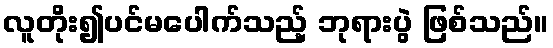
လူတိုး၍ပင်မပေါက်သည့် ဘုရားပွဲ ဖြစ်သည်။